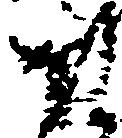
そ